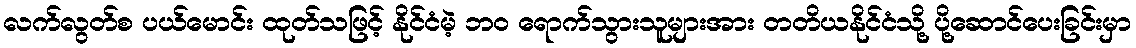
လက်လွတ်စ ပယ်မောင်း ထုတ်သဖြင့် နိုင်ငံမဲ့ ဘ၀ ရောက်သွားသူများအား တတိယနိုင်ငံသို့ ပို့ဆောင်ပေးခြင်းမှာ